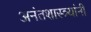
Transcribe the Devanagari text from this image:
अनंतशास्त्र्यांनी